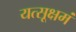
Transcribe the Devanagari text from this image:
यत्सूक्षमं